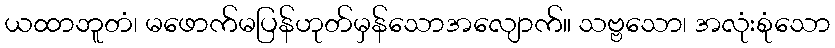
ယထာဘူတံ၊ မဖောက်မပြန်ဟုတ်မှန်သောအလျောက်။ သဗ္ဗသော၊ အလုံးစုံသော